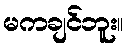
မကချင်ဘူး။